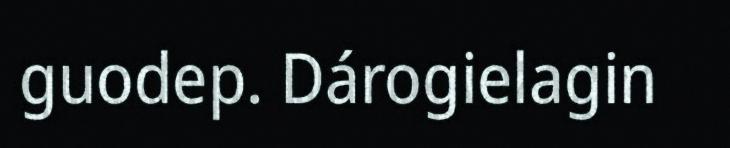
guodep. Dárogielagin